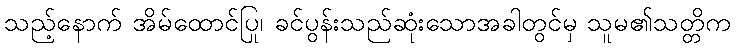
သည့်နောက် အိမ်ထောင်ပြု၊ ခင်ပွန်းသည်ဆုံးသောအခါတွင်မှ သူမ၏သတ္တိက